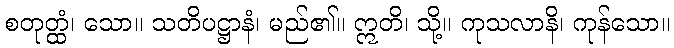
စတုတ္ထံ၊ သော။ သတိပဋ္ဌာနံ၊ မည်၏။ ဣတိ၊ သို့။ ကုသလာနိ၊ ကုန်သော။